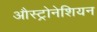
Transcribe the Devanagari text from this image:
औस्ट्रोनेशियन